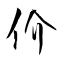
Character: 价